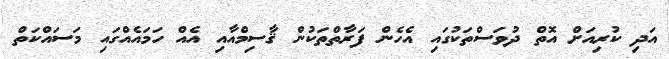
އަދި ކުރިއަށް އޮތް ދުވަސްތަކުގައި އެހެން ފަރާތްތަކުން ޤާސިމްއާއި އެއް ހަމައެއްގައި މަސައްކަތް